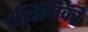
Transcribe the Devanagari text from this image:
प्रथिमिकी